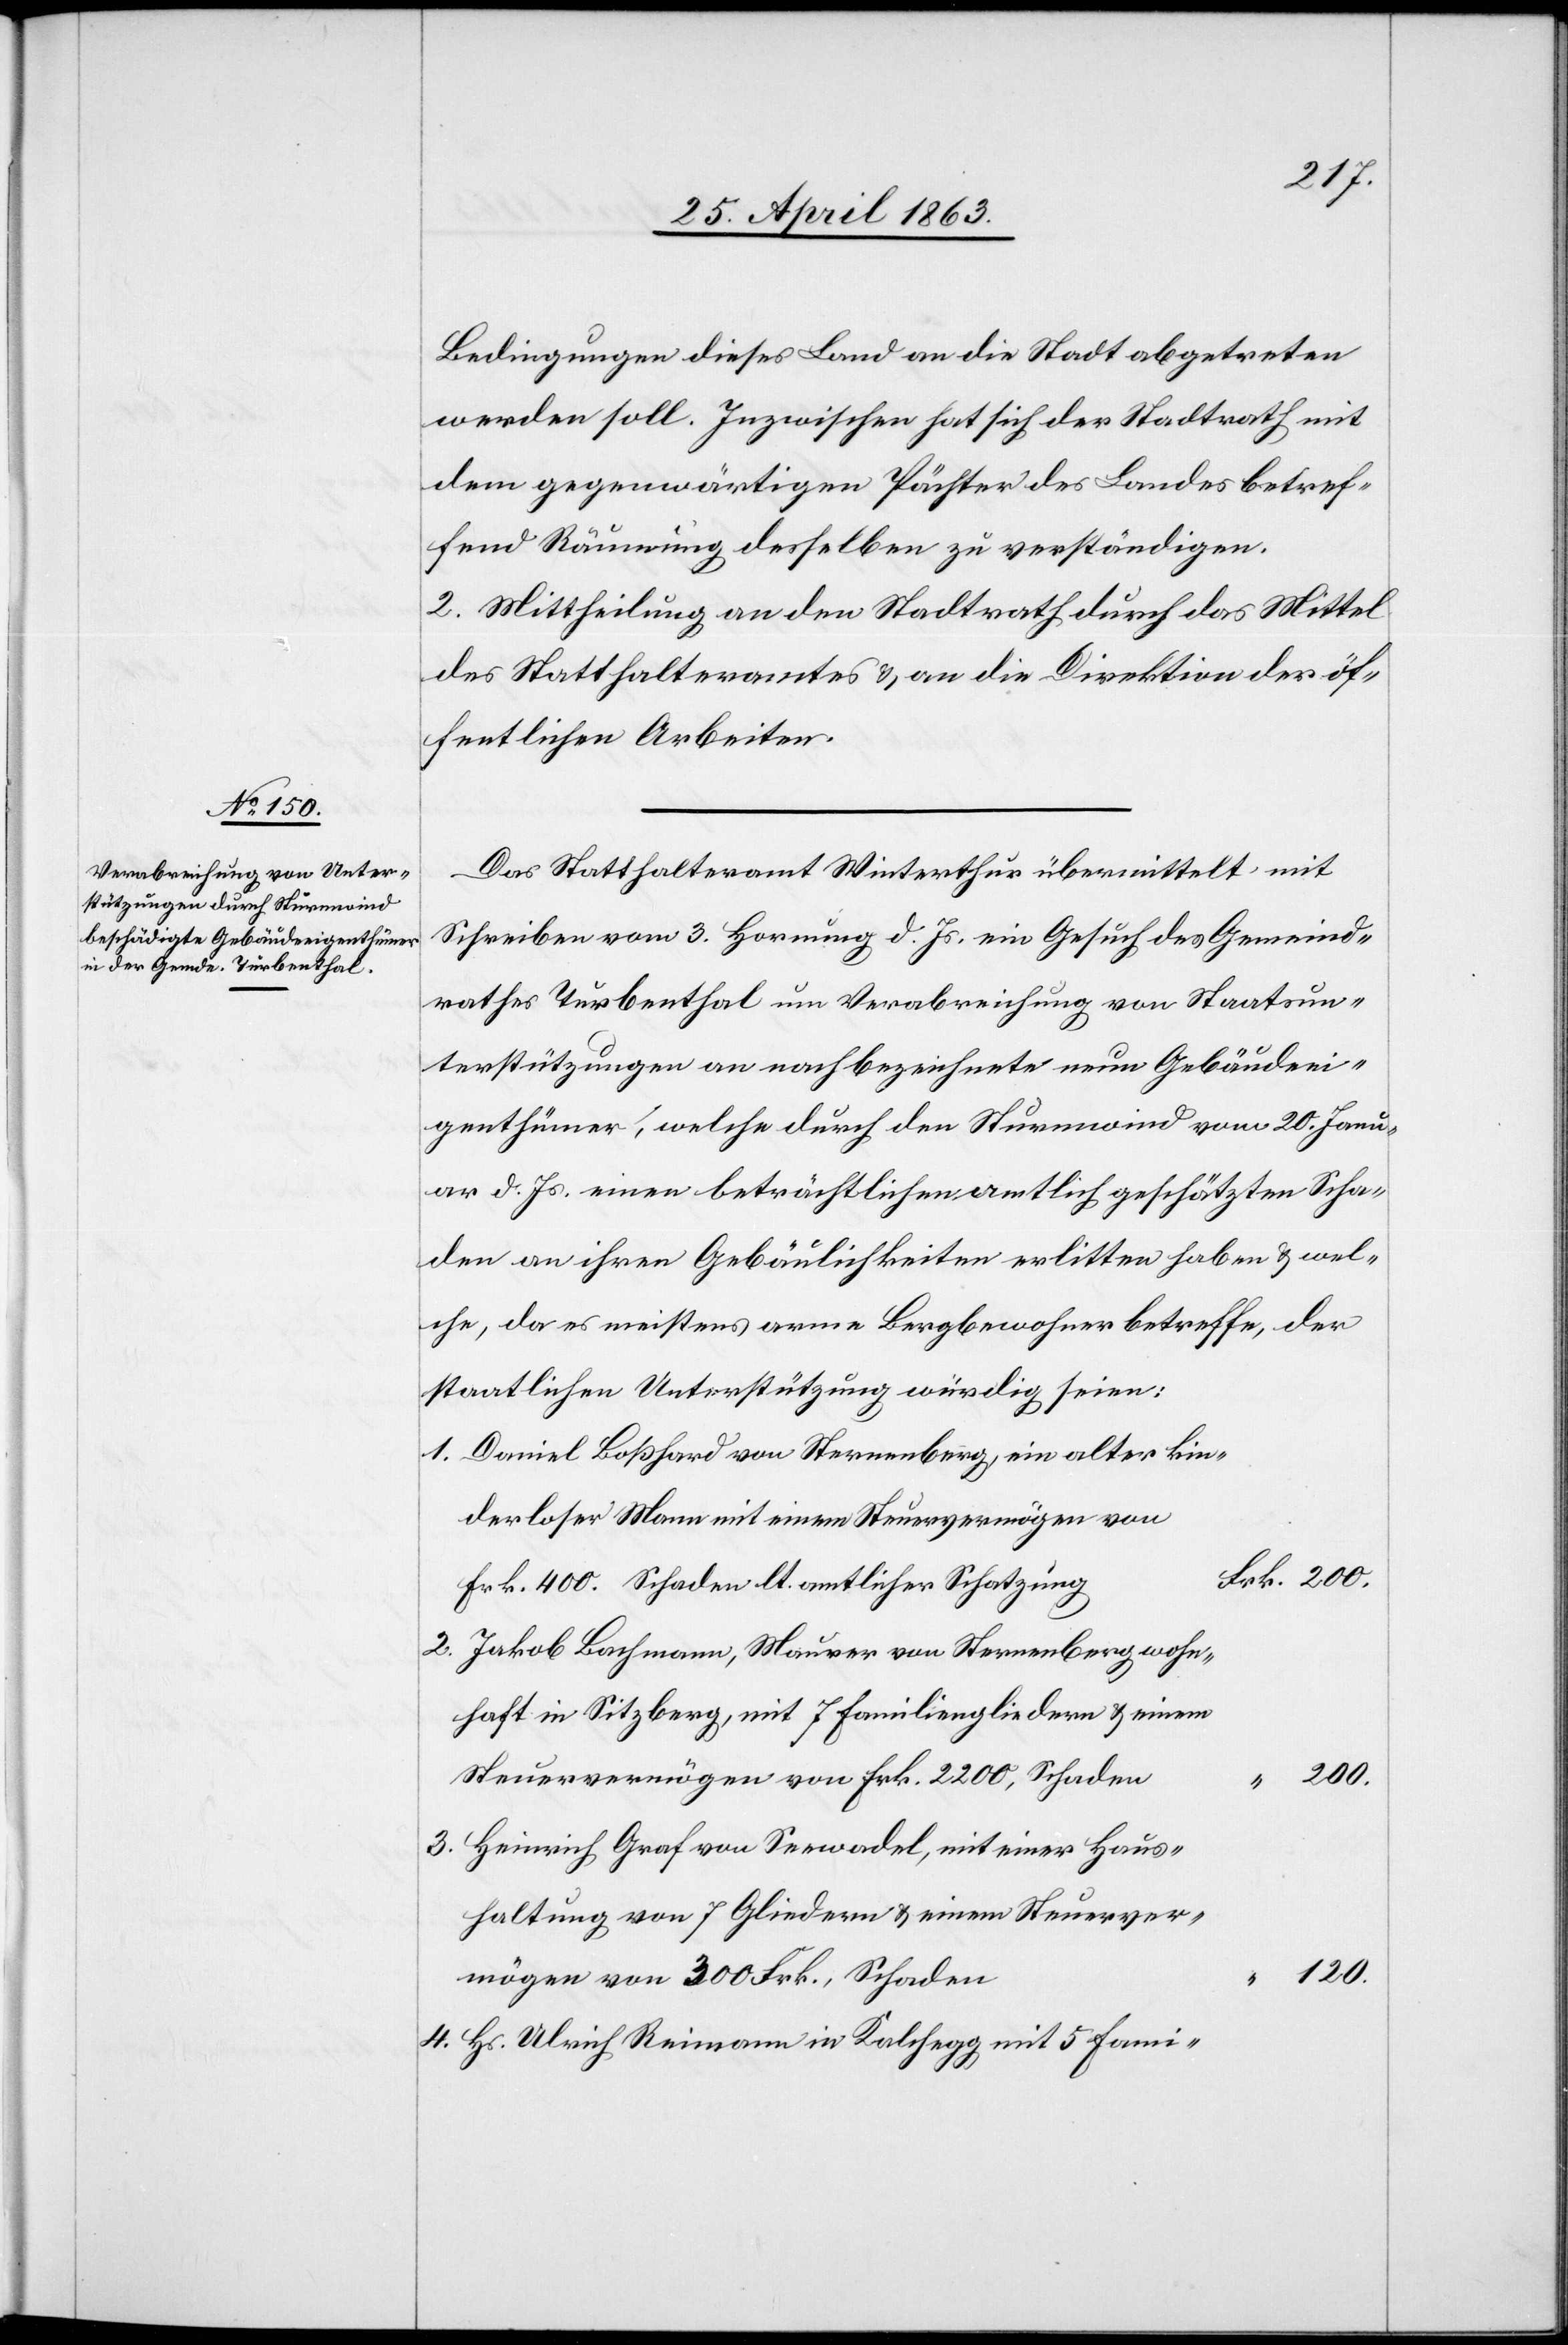
Bedingungen dieses Land an die Stadt abgetreten
werden soll. Inzwischen hat sich der Stadtrath mit
dem gegenwärtigen Pächter des Landes betref¬
fend Räumung desselben zu verständigen.
2. Mittheilung an den Stadtrath durch das Mittel
des Statthalteramtes & an die Direktion der öf¬
fentlichen Arbeiten.
Das Statthalteramt Winterthur übermittelt mit
Schreiben vom 3. Hornung d. Js. ein Gesuch des Gemeind¬
rathes Turbenthal um Verabreichung von Staatsun¬
terstützungen an nach bezeichnete neun Gebäudeei¬
genthümer, welche durch den Sturmwind vom 20. Janu¬
ar d. Js. einen beträchtlichen amtlich geschätzten Scha¬
den an ihren Gebäulichkeiten erlitten haben & wel¬
che, da es meistens arme Bergbewohner betreffe, der
staatlichen Unterstützung würdig seien:
Daniel Boßhard von Sternenberg, ein alter kin¬
derloser Mann mit einem Steuervermögen von
Frk. 400. Schaden lt. amtlicher Schatzung
3.
Jakob Bachmann, Maurer von Sternenberg wohn¬
haft in Sitzberg, mit 7 Familiengliedern & einem
Steuervermögen von Frk. 2200, Schaden
Heinrich Graf von Seewadel, mit einer Haus¬
haltung von 7 Gliedern & einem Steuerver¬
120.
mögen von 300 Frk., Schaden
4.
Hs. Ulrich Reimann in Kalchegg mit 5 Fami-